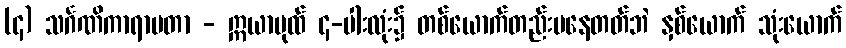
(၄) သင်္ဂဏိကာရာမတာ - ဣယာပုထ် ၄-ပါးလုံး၌ တစ်ယောက်တည်းမနေတတ်ဘဲ နှစ်ယောက် သုံးယောက်